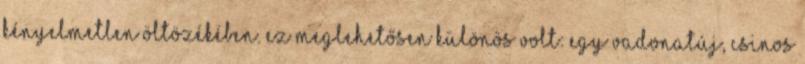
kényelmetlen öltözékében. Ez meglehetősen különös volt: egy vadonatúj, csinos